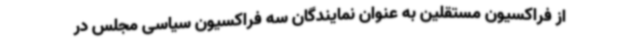
از فراکسیون مستقلین به عنوان نمایندگان سه فراکسیون سیاسی مجلس در